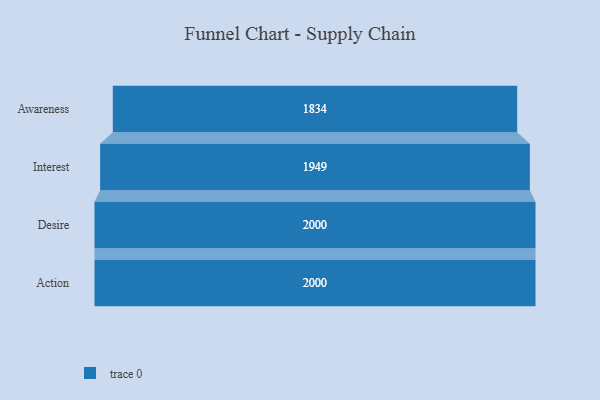
{"axis": {"x": "Stage", "y": "Value"}, "legend": [""], "data": [{"x": "Awareness", "y": 1834.0, "type": ""}, {"x": "Interest", "y": 1949.0, "type": ""}, {"x": "Desire", "y": 2000, "type": ""}, {"x": "Action", "y": 2000, "type": ""}]}